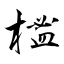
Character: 榓